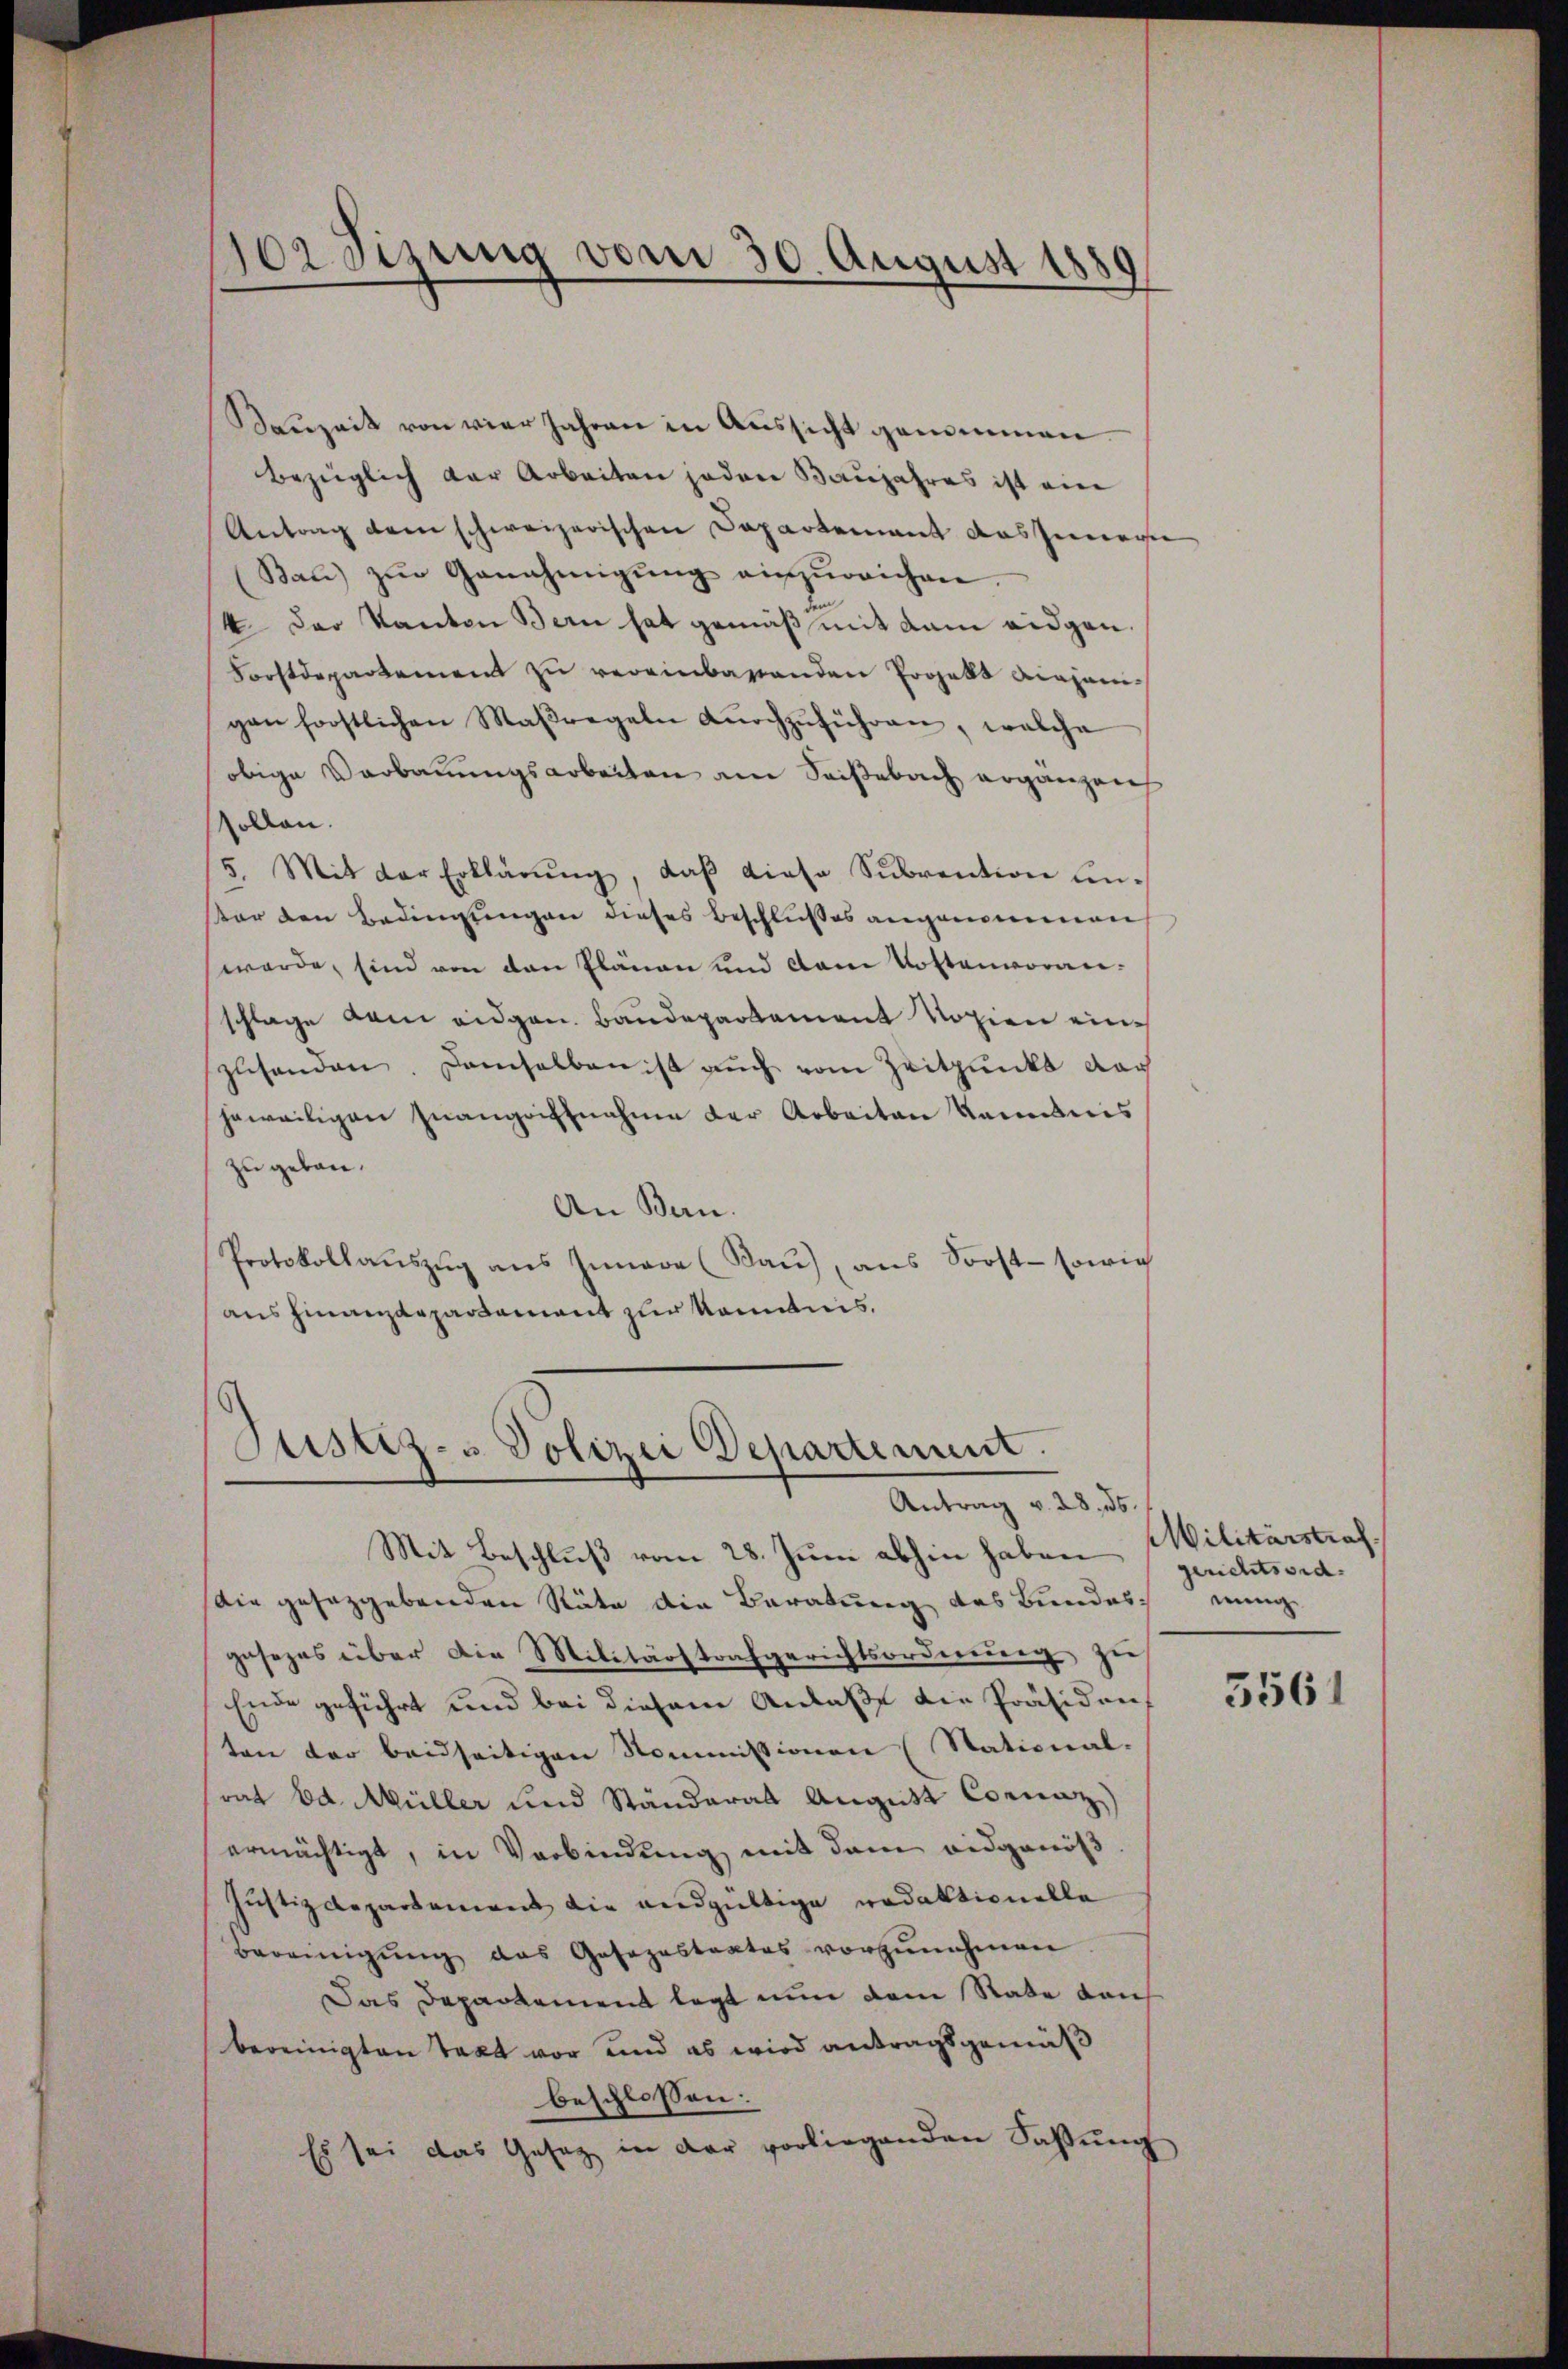
Kauzeit von vier Jahren in Aussicht genommen.
Bezüglich der Arbeiten jeden Baujahres ist eine
Antrag dem schweizerischen Departement dasserweise
Bau) zŭr Genehmigŭng einzŭreichen
4 der Kanton Bern hat gemäß mit dem eidgen.
Forstdepartement zu vereinbarenden Projekt diejenigen forstlichen Maßregeln dŭrchzŭführen, welche
obige Verbauungsarbeiten am Seißebach ergänzen
sollen.
5. Mit der Erklärŭng, daβ diese Subvention einar den Bedingungen dieses Beschlußes angenommen
werde, sind von den Plänen und dem Kostenvoranschlage dem eidgen. Baudepartement Notien einzusenden. Demselben ist auch vom Zeitpunkt dar
jeweiligen Quangriffnahme der Arbeiten kanntnis
zu geben.
An Bern.
Protokollaŭszŭg ans Iunara (Rau), aus Soost- sowie
aus Finanzdepartement zur kanntnis.

sor Tizung vom 30. August 1889

Justiz- u. Polizei Departimum.
Antrag v. 28, 16.

Mit Beschluß vom 28. Juni abhin haben
Die gesetzgebenden Stäte die Beratung des Bundes einge
gesezes über die Militärstrafgerichtsordnung zu
Ende geführt und bei diesem Anlaße die Präsiden,
ten der beidseitigen Kommissionen (Stational-
rat Ed. Müller und Ständerat August Connaz)
ermächtigt, in Verbindung mit dem eidgenöß
Justizdepartement die andgültige redaktionelle
Bereinigŭng das Gasazastaates vorzŭnehmen
Das Departement legt nun dem Rate dah
bereinigten Text vor und es wird antragsgemäß
beschlossen:
Es sei das Gesetz in der vorliegenden Saβŭng

Militärstraf.
gerichtsord.

3561